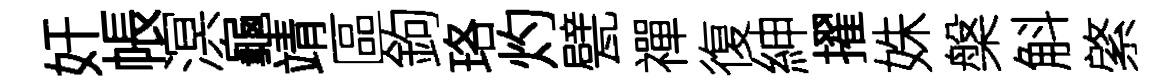
奸帳溟龜靖區鉤珞灼甓禪復紳擢姝槃斛綮